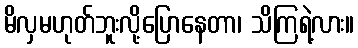
မိလှမဟုတ်ဘူးလို့ပြောနေတာ၊ သိကြရဲ့လား။